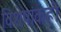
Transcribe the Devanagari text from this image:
विशेषांकही